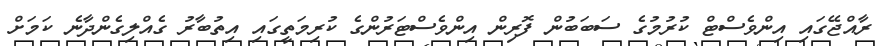
ރާއްޖޭގައި އިންވެސްޓް ކުރުމުގެ ސަބަބުން ފޮރިން އިންވެސްޓަރުންގެ ކުރިމަތީގައި އިތުބާރު ގެއްލިގެންދާނެ ކަމަށް